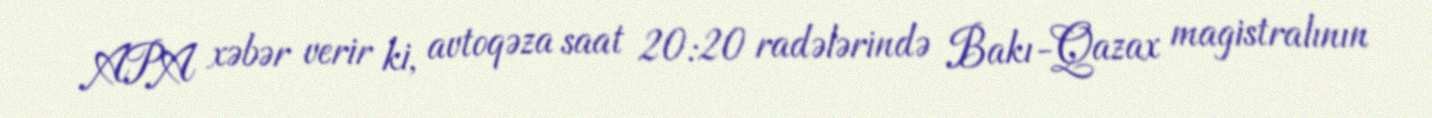
APA xəbər verir ki, avtoqəza saat 20:20 radələrində Bakı-Qazax magistralının